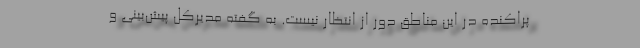
پراکنده در این مناطق دور از انتظار نیست. به گفته مدیرکل پیش‌بینی و